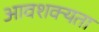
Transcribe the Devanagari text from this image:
आवशक्यता